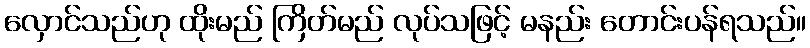
လှောင်သည်ဟု ထိုးမည် ကြိတ်မည် လုပ်သဖြင့် မနည်း တောင်းပန်ရသည်။